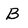
Character: B